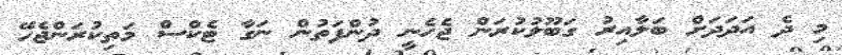
މި ދެ އަދަދަށް ބަލާއިރު ގަބޫލުކުރަން ޖެހެނީ ދުންފަތުން ނަގާ ޓެކްސް މަތިކުރަންޖެހޭ